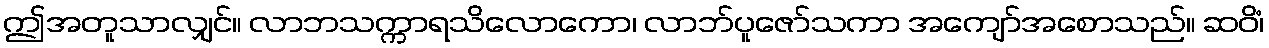
ဤအတူသာလျှင်။ လာဘသက္ကာရသိလောကော၊ လာဘ်ပူဇော်သကာ အကျော်အစောသည်။ ဆဝိံ၊